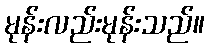
မုန်းလည်းမုန်းသည်။